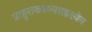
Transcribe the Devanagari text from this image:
प्राहुराख्यान्साद्वश्येन